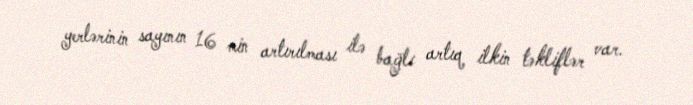
yerlərinin sayının 16 min artırılması ilə bağlı artıq ilkin təkliflər var.